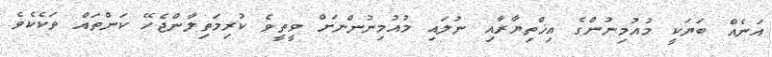
އަނެއް ބަޔަކީ މުއުމިނުންގެ އިޚްތިޔާރާއި ނުލައި މުއުމިނުންނަށް ވީތީވެ ކުރިމަތިލާންޖެހޭ ކަންތައް ތަކެކެވެ.